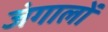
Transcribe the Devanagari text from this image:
जंगालों